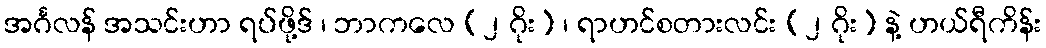
အင်္ဂလန် အသင်းဟာ ရပ်ဖို့ဒ် ၊ ဘာကလေ (၂ ဂိုး) ၊ ရာဟင်စတားလင်း (၂ ဂိုး) နဲ့ ဟယ်ရီကိန်း